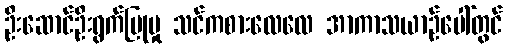
ဦးဆောင်ဦးရွက်ပြုမှု သင်ကစားလေလေ အာကာသယာဉ်ပေါ်တွင်